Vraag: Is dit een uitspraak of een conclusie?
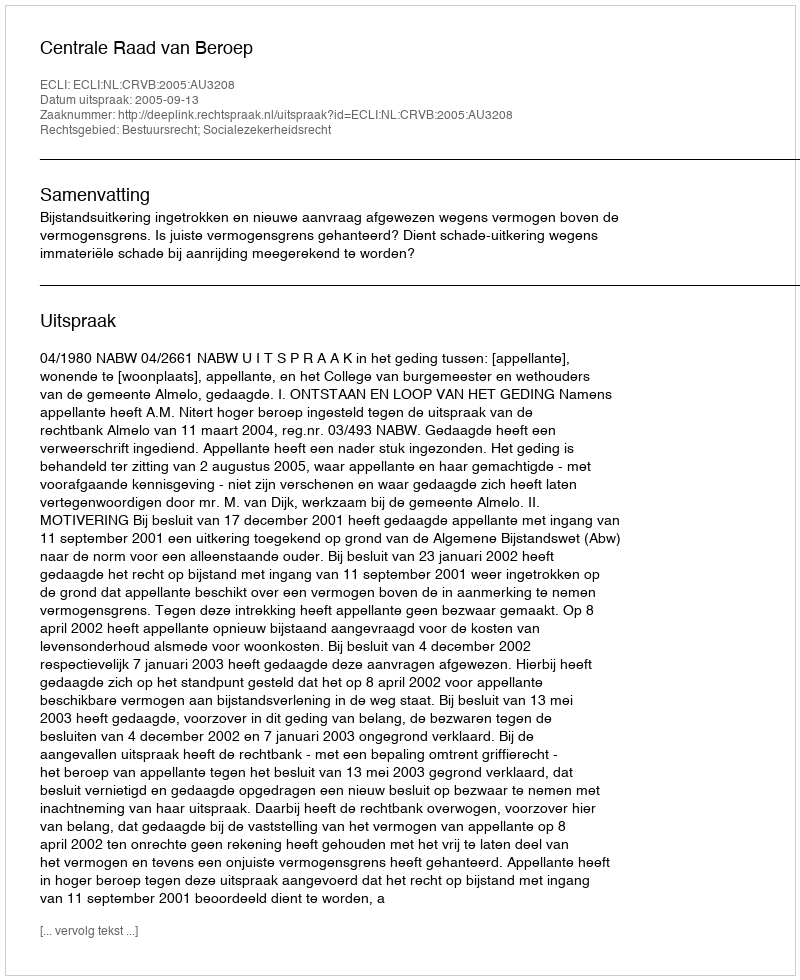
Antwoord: Uitspraak